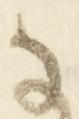
な